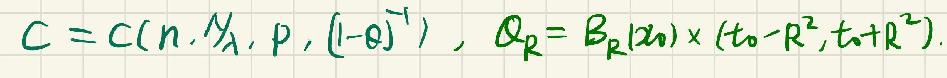
$C = C(n, \frac{1}{\lambda}, p, (1 - \theta)^{-1}), Q_R = B_R(x_0)\times (t_0 - R^2, t_0+R^2).$